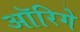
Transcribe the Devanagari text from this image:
ऑरिगे